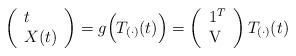
LaTeX: \begin{align*}\begin{pmatrix}\begin{array}{l}t\\ X(t)\end{array}\end{pmatrix} =g\Bigl(T_{(\cdot)}(t)\Bigr) = \begin{pmatrix}\begin{array}{l}1^T\\ \mathrm{V} \end{array}\end{pmatrix} T_{(\cdot)}(t)\end{align*}